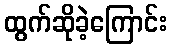
ထွက်ဆိုခဲ့ကြောင်း